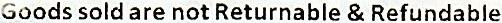
GOODS SOLD ARE NOT RETURNABLE & REFUNDABLE